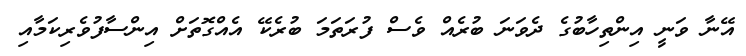
އޭނާ ވަނީ އިންތިހާބުގެ ދެވަނަ ބުރެއް ވެސް ފުރަތަމަ ބުރެކޭ އެއްގޮތަށް އިންސާފުވެރިކަމާއި